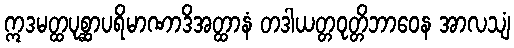
ဣဒမတ္ထပုစ္ဆာပရိမာဏာဒိအတ္ထာနံ တဒါယတ္တဝုတ္တိဘာဝေန အာလသျံ